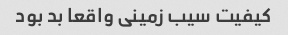
کیفیت سیب زمینی واقعا بد بود